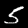
Digit: 5